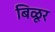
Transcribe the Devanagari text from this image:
बिळूर